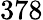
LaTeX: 378